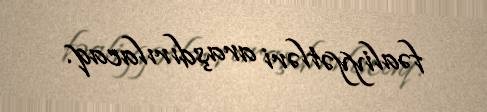
fəaliyyətləri araşdırılacaq.